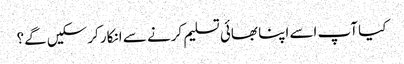
کیا آپ اسے اپنا بھائی تسلیم کرنے سے انکار کرسکیں گے؟